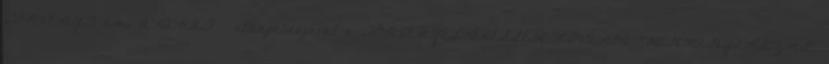
TÖRVÉNYT ami AKARAT - ellenpéldájával a TÖRVÉNYESKEDÉSSEL KÍVÁNOD "MEGMAGYARÁZNI"